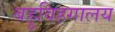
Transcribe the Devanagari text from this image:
बहुविहगालय